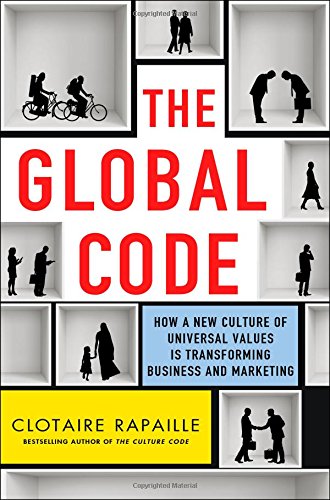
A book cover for The Global Code: How a New Culture of Universal Values Is Transforming Business and Marketing; Clotaire Rapaille; Business & Money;